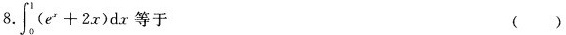
8.$$\int _ { 0 } ^ { 1 } ( e ^ { x } + 2 x ) d x$$等于 ( )